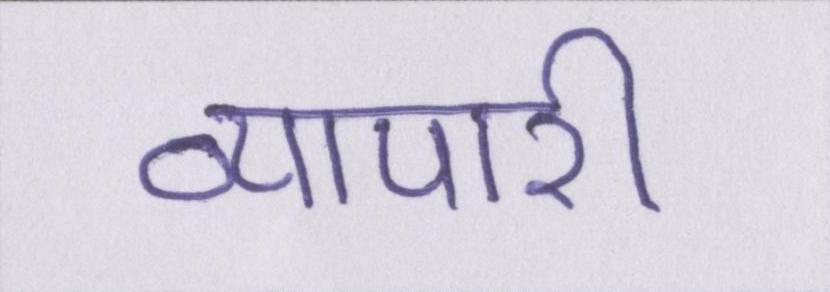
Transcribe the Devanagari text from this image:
व्यापारी